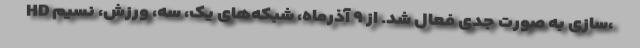
HD سازی به صورت جدی فعال شد. از ۹ آذرماه، شبکه‌های یک، سه، ورزش، نسیم،